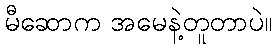
မီဆောက အမေနဲ့တူတာပဲ။